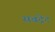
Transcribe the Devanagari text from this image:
सबट्रेट